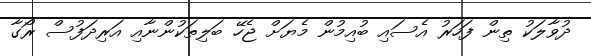
ދުވާލަކު ތިން ފަހަރު އެސައި ބުއިމުން މެޔަށް ޖެހޭ ބަލިތަކުންނާއި އަރިދަފުސް ރޯގާ